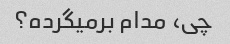
چی، مدام برمیگرده؟